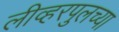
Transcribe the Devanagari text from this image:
लीव्हरपुलच्या